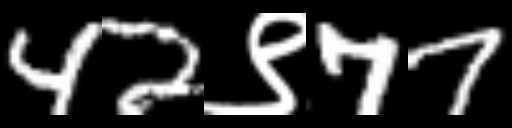
Text: 42९77